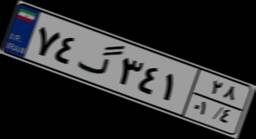
۴۴گ۴۱۱۰۲